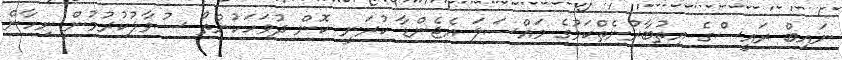
ނައިބް ރައީސްގެ އިތުބާރުނެތްކަމުގެ މައްސަލަ އެޖެންޑާ ކުރަނީ ކޮން ދުވަހަކުންތޯ ސުވާލުކުރުމުން ނިހާން